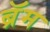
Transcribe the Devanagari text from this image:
ब्रॅम